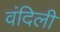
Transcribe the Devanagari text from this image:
वंदिली